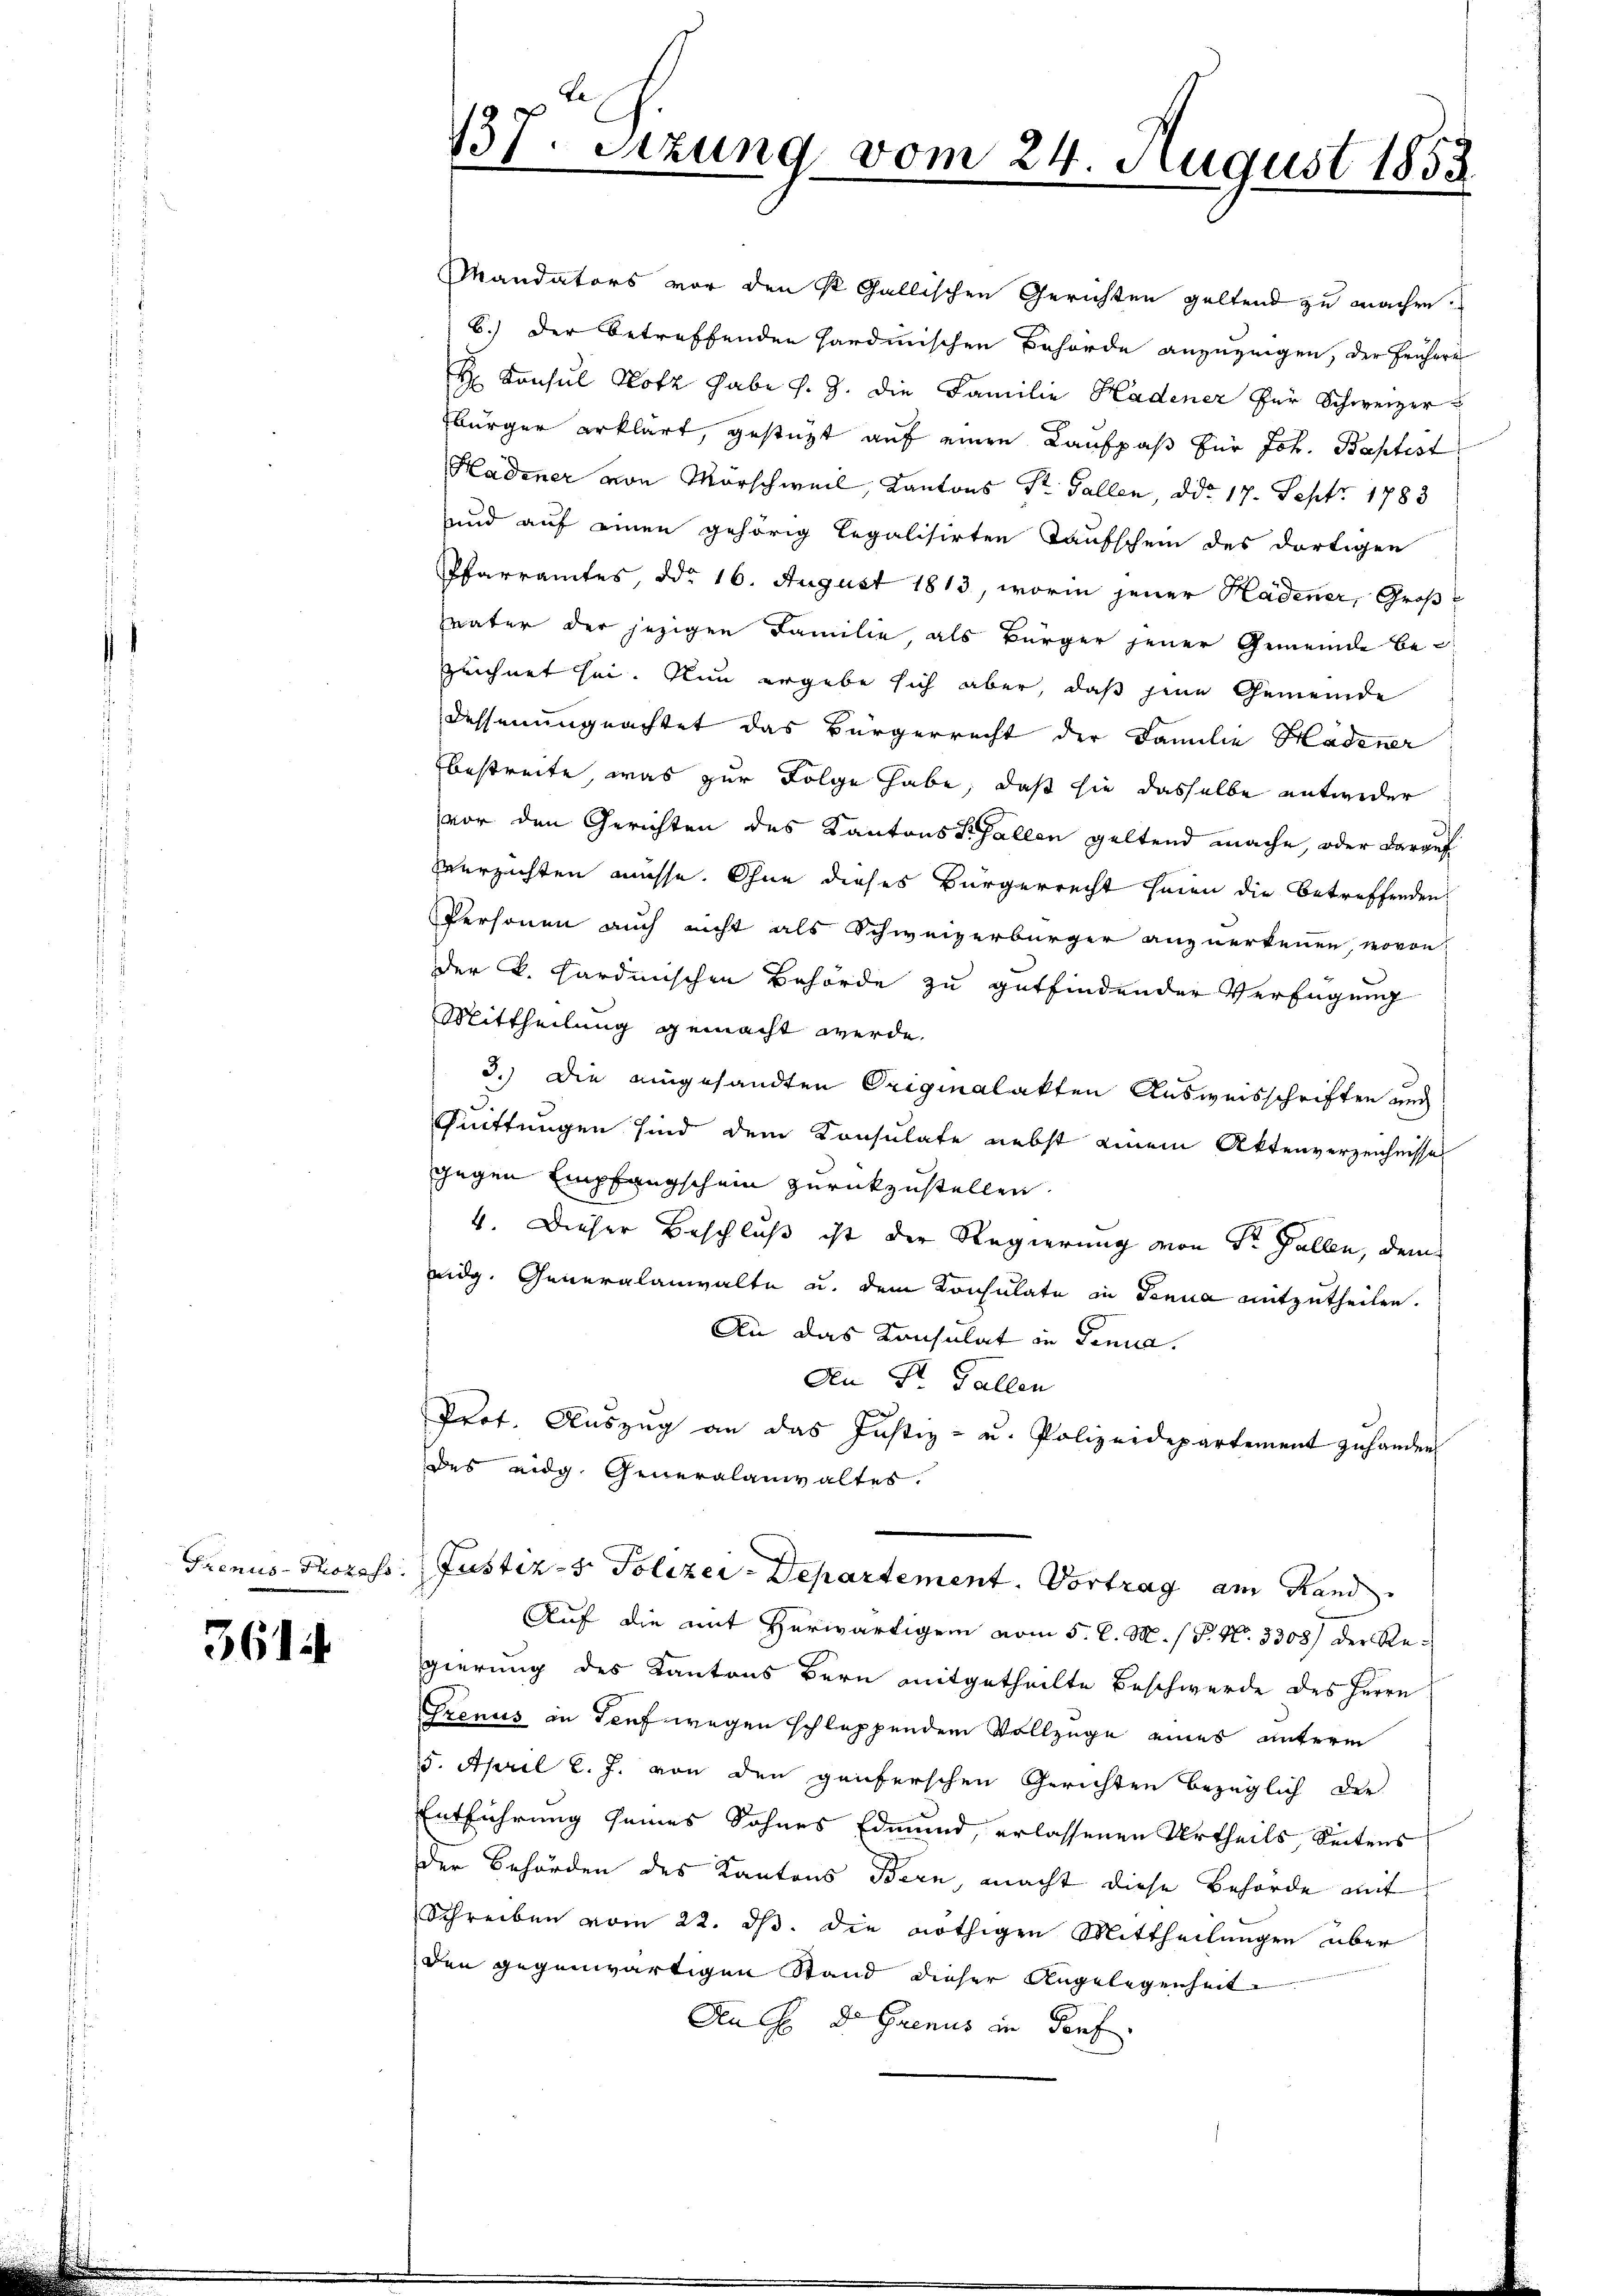
Frenus-Prozess

3614

.
137. Sitzung vom 24. August 1858

Justiz- & Polizei-Departement. Vortrag am Hand.

Mandators vor den St. Gallischen Gerichten geltend zu machen.
6.) Der betreffenden Hardinischen Behörde anzuzeigen, der frühere
H Konsul Hotz habe v. J. die Familie Hadener für Schweizer
Ebürger erklärt, gestützt auf einen Kaufpaß für Joh. Baptist
Hadener von Marschweil, Kantons Sr. Gallen, ddo 17. Sept. 1783
und auf einen gehörig legalisirten Taufschein des dortigen
Pfarramtes, ddo 16. August 1813, worin jener Kadener, Großsvater der jezigen Familie, als Bürger jener Gemeinde be-
zeichnet sei. Nun ergebe sich aber, daß jene Gemeinde
dessenungeachtet das Bürgerrecht der Familie Hadener
bestreite, was zur Folge habe, daß sie dasselbe entweder
vor den Gerichten des Kantons St. Gallen geltend mache, oder darauf
Verzichten müsse. Ohne dieses Bürgerrecht seien die Betreffenden
Personen auch nicht als Schweizerbürger anzuerkennen, wovon
der k. Kardinischen Behörde zu gutfindender Verfügung
Mittheilung gemacht werde.
3.) Die eingesandten Originalakten Ausweisschriften und
Quittungen sind dem Konsulate nebst einem Aktenverzeichnisse
gegen Empfangschein zurückzustellen.
4. Dieser Beschluß ist der Regierung von Dr. Gallen, dem
eidg. Generalanwalte u. dem Konsulate in Genua mitzutheilen.
An das Konsulat in Dinna.
An St. Gallen
Prof. Aŭszŭg an das Justiz- u. Polizeidepartement zŭ hander
des eidg. Generalanwaltes.

Auf die mit herwärtigem vom 5. d. M. / P. Nr. 3308) der Regierung des Kantons Bern mitgetheilte Beschwerde des Herrn
Grenus in Teuf wegen schleppenden Vollzüge eines unterm
5. April l. J. von den geiferschen Gerichten bezüglich die
Entführung seines Sohnes Edmund, erlassenen Urtheils Seitens
der Behörden des Kantons Bern, macht diese Behörde mit
Schreiben vom 22. ds. die nöthigen Mittheilungen über
den gegenwärtigen Stand dieser Angelegenheit
Den H. d. Genus in Teuf